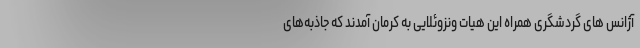
آژانس های گردشگری همراه این هیات ونزوئلایی به کرمان آمدند که جاذبه‌های